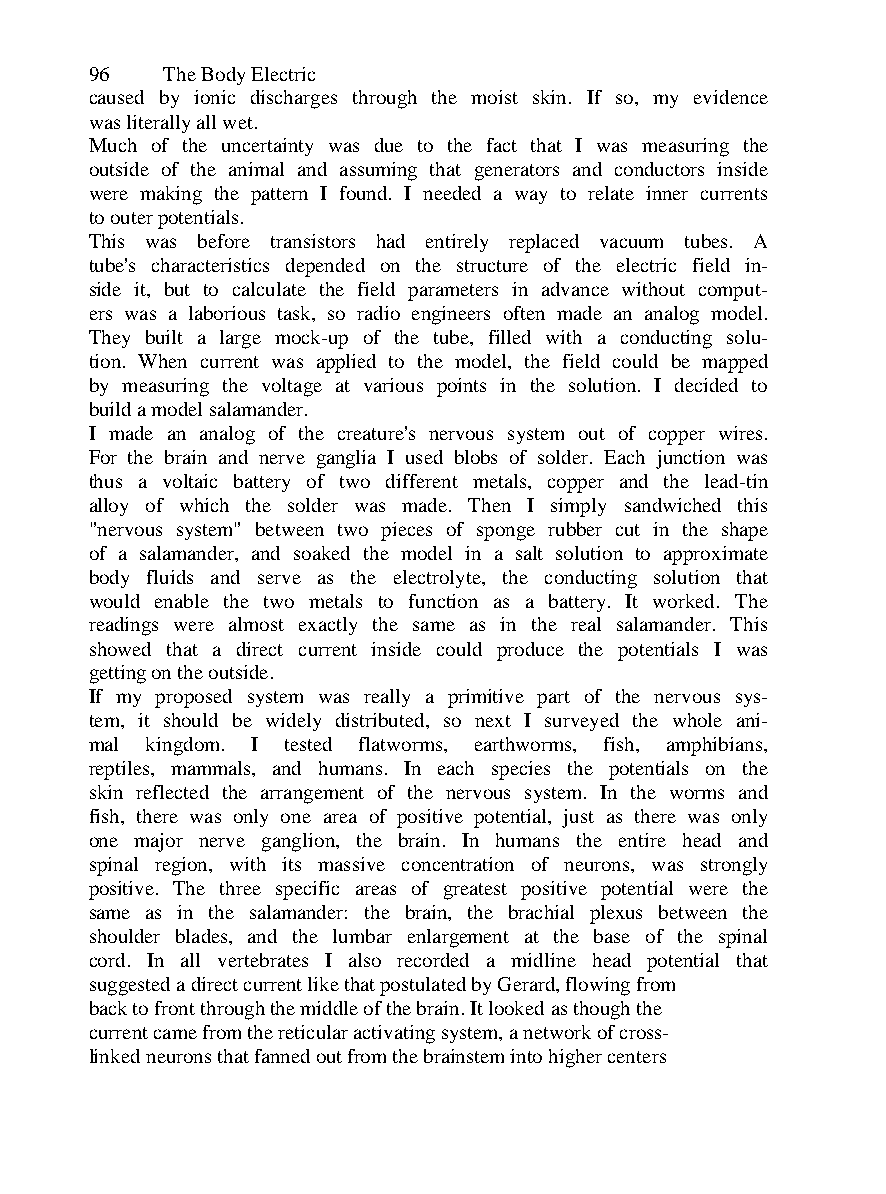
96   The Body Electric
 caused by ionic discharges through the moist skin. If so, my evidence
 was literally all wet.
 Much of the uncertainty was due to the fact that I was measuring the
 outside of the animal and assuming that generators and conductors inside
 were making the pattern I found. I needed a way to relate inner currents
 to outer potentials.
 This was before transistors had entirely replaced vacuum tubes. A
 tube's characteristics depended on the structure of the electric field in-
 side it, but to calculate the field parameters in advance without comput-
 ers was a laborious task, so radio engineers often made an analog model.
 They built a large mock-up of the tube, filled with a conducting solu-
 tion. When current was applied to the model, the field could be mapped
 by measuring the voltage at various points in the solution. I decided to
 build a model salamander.
 I made an analog of the creature's nervous system out of copper wires.
 For the brain and nerve ganglia I used blobs of solder. Each junction was
 thus a voltaic battery of two different metals, copper and the lead-tin
 alloy of which the solder was made. Then I simply sandwiched this
 "nervous system" between two pieces of sponge rubber cut in the shape
 of a salamander, and soaked the model in a salt solution to approximate
 body fluids and serve as the electrolyte, the conducting solution that
 would enable the two metals to function as a battery. It worked. The
 readings were almost exactly the same as in the real salamander. This
 showed that a direct current inside could produce the potentials I was
 getting on the outside.
 If my proposed system was really a primitive part of the nervous sys-
 tem, it should be widely distributed, so next I surveyed the whole ani-
 mal kingdom. I tested flatworms, earthworms, fish, amphibians,
 reptiles, mammals, and humans. In each species the potentials on the
 skin reflected the arrangement of the nervous system. In the worms and
 fish, there was only one area of positive potential, just as there was only
 one major nerve ganglion, the brain. In humans the entire head and
 spinal region, with its massive concentration of neurons, was strongly
 positive. The three specific areas of greatest positive potential were the
 same as in the salamander: the brain, the brachial plexus between the
 shoulder blades, and the lumbar enlargement at the base of the spinal
 cord. In all vertebrates I also recorded a midline head potential that
 suggested a direct current like that postulated by Gerard, flowing from
 back to front through the middle of the brain. It looked as though the
 current came from the reticular activating system, a network of cross-
 linked neurons that fanned out from the brainstem into higher centers